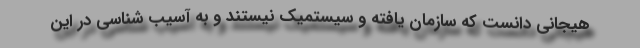
هیجانی دانست که سازمان یافته و سیستمیک نیستند و به آسیب شناسی در این